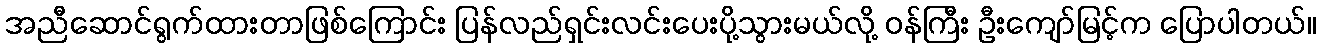
အညီဆောင်ရွက်ထားတာဖြစ်ကြောင်း ပြန်လည်ရှင်းလင်းပေးပို့သွားမယ်လို့ ဝန်ကြီး ဦးကျော်မြင့်က ပြောပါတယ်။